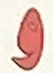
و